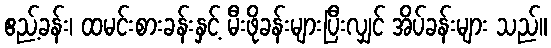
ဧည့်ခန်း၊ ထမင်းစားခန်းနှင့် မီးဖိုခန်းများပြီးလျှင် အိပ်ခန်းများ သည်။